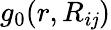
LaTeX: g_{0}(r,R_{i\mathit{j}})